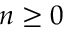
n \geq 0